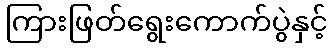
ကြားဖြတ်ရွေးကောက်ပွဲနှင့်